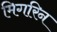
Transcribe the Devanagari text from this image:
मिगरिन